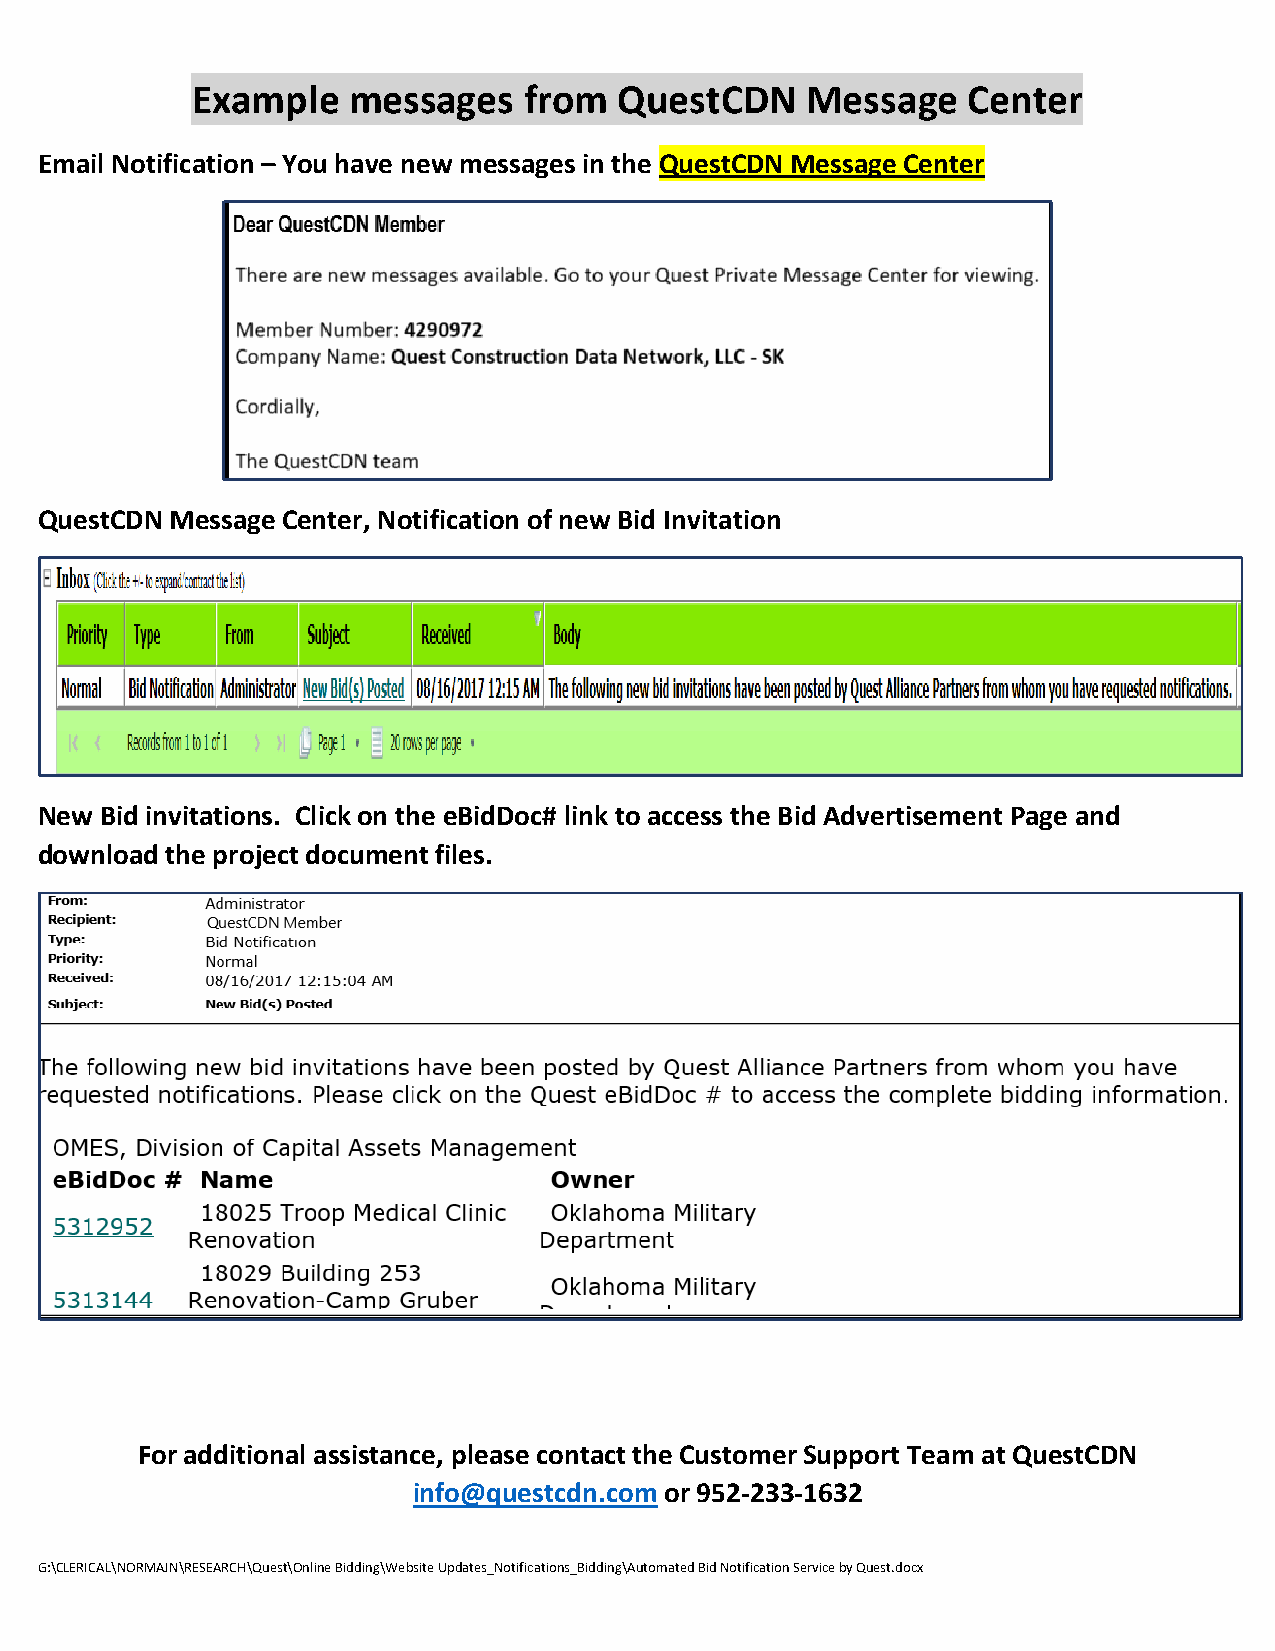
Example   messages    from  QuestCDN    Message    Center
 Email Notification – You have new messages in the QuestCDN Message Center
 QuestCDN Message Center, Notification of new Bid Invitation
 New  Bid invitations. Click on the eBidDoc# link to access the Bid Advertisement Page and
 download the project document files.
 For additional assistance, please contact the Customer Support Team at QuestCDN
 info@questcdn.com or 952-233-1632
 G:\CLERICAL\NORMAJN\RESEARCH\Quest\Online Bidding\Website Updates_Notifications_Bidding\Automated Bid Notification Service by Quest.docx